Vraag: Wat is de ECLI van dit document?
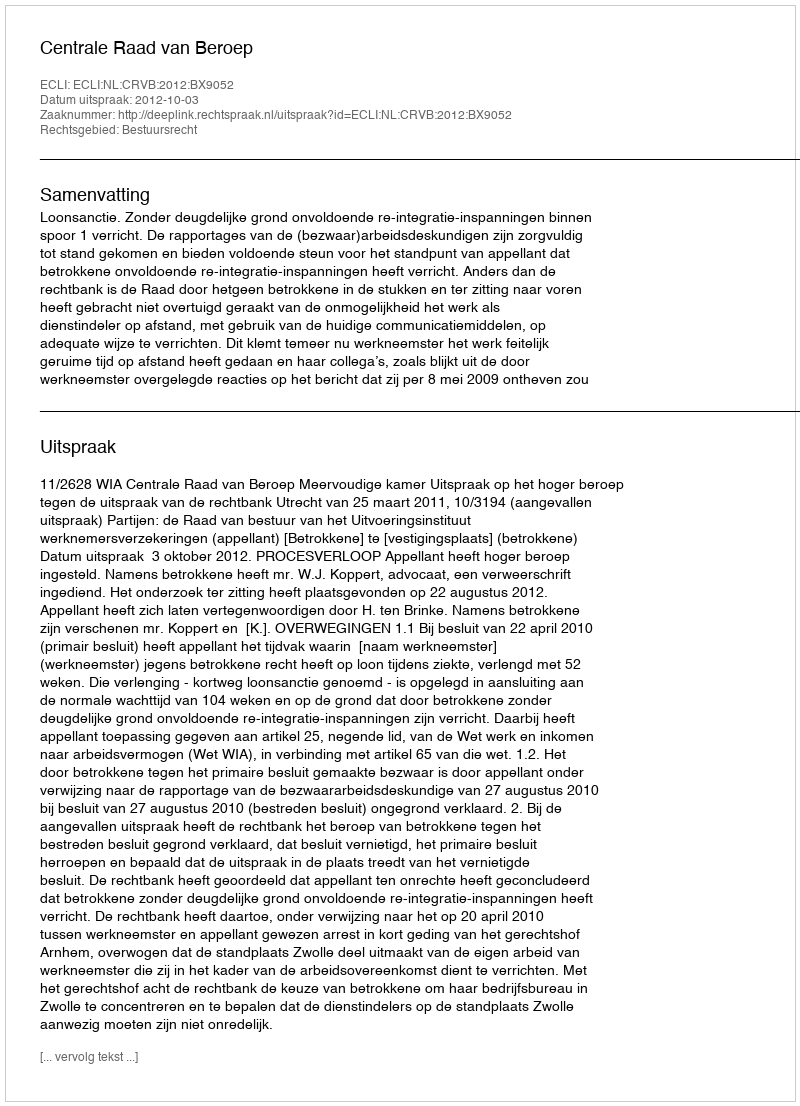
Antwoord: ECLI:NL:CRVB:2012:BX9052